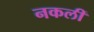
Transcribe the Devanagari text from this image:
नकलीं